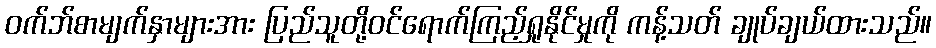
ဝက်ဘ်စာမျက်နှာများအား ပြည်သူတို့ဝင်ရောက်ကြည့်ရှုနိုင်မှုကို ကန့်သတ် ချုပ်ချယ်ထားသည်။